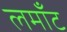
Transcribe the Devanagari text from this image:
लमाँट